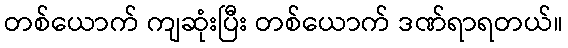
တစ်ယောက် ကျဆုံးပြီး တစ်ယောက် ဒဏ်ရာရတယ်။